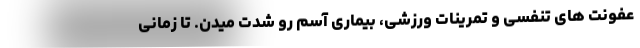
عفونت های تنفسی و تمرینات ورزشی، بیماری آسم رو شدت میدن. تا زمانی